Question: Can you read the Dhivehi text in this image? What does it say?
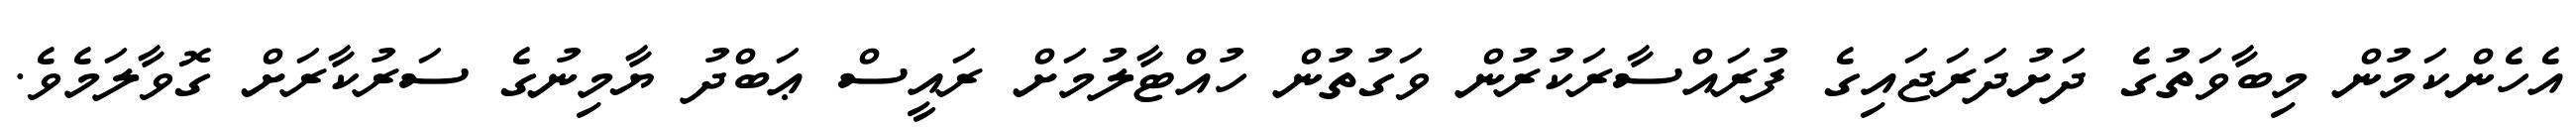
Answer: އެހެންކަމުން މިބާވަތުގެ ދަށުދަރަޖައިގެ ފުރައްސާރަކުރުން ވަގުތުން ހުއްޓާލުމަށް ރައީސް ޢަބްދު ޔާމިނުގެ ސަރުކާރަށް ގޮވާލަމެވެ.